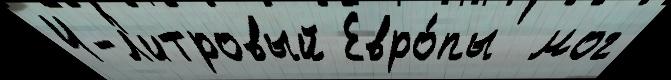
4-л'итровый Евро́пы  мог